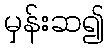
မှန်းဆ၍